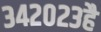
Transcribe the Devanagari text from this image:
३४२०२३है